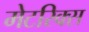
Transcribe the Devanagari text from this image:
मेटरिक्स